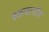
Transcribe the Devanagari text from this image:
बनावटहीन